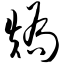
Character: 矫